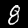
Digit: 8